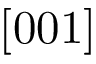
[ 0 0 1 ]